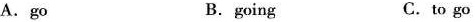
A.go B.going C.to go